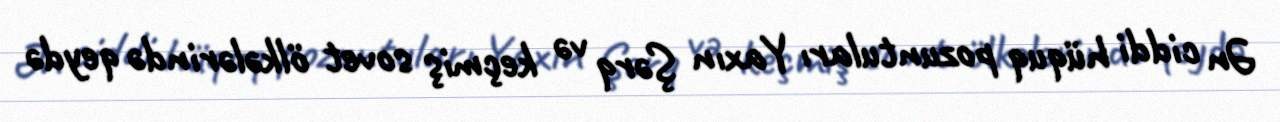
Ən ciddi hüquq pozuntuları Yaxın Şərq və keçmiş sovet ölkələrində qeydə